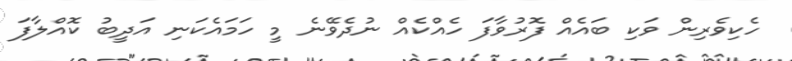
ހެކިވެރިން ވަކި ބައެއް ފޮރުވާފަ ހެއްކެއް ނުދެވޭނެ މީ ހަމައެކަނި އަދީބު ކޮއްލާފަ